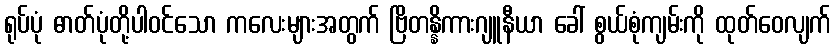
ရုပ်ပုံ ဓာတ်ပုံတို့ပါဝင်သော ကလေးများအတွက် ဗြိတန္နိကားဂျူနီယာ ခေါ် စွယ်စုံကျမ်းကို ထုတ်ဝေလျက်